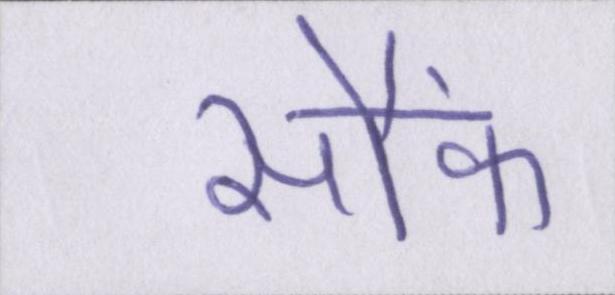
सौंफ